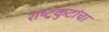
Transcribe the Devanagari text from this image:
राष्ट्रकुटांचा